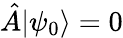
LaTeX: \hat{A}|\psi_{0}\rangle=0